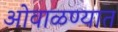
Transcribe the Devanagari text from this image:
ओवाळण्यात